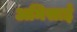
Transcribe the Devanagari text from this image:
अमिसाई